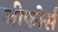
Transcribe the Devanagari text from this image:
जीफ़ोर्स